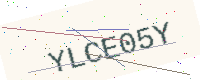
Text: YLCE05Y